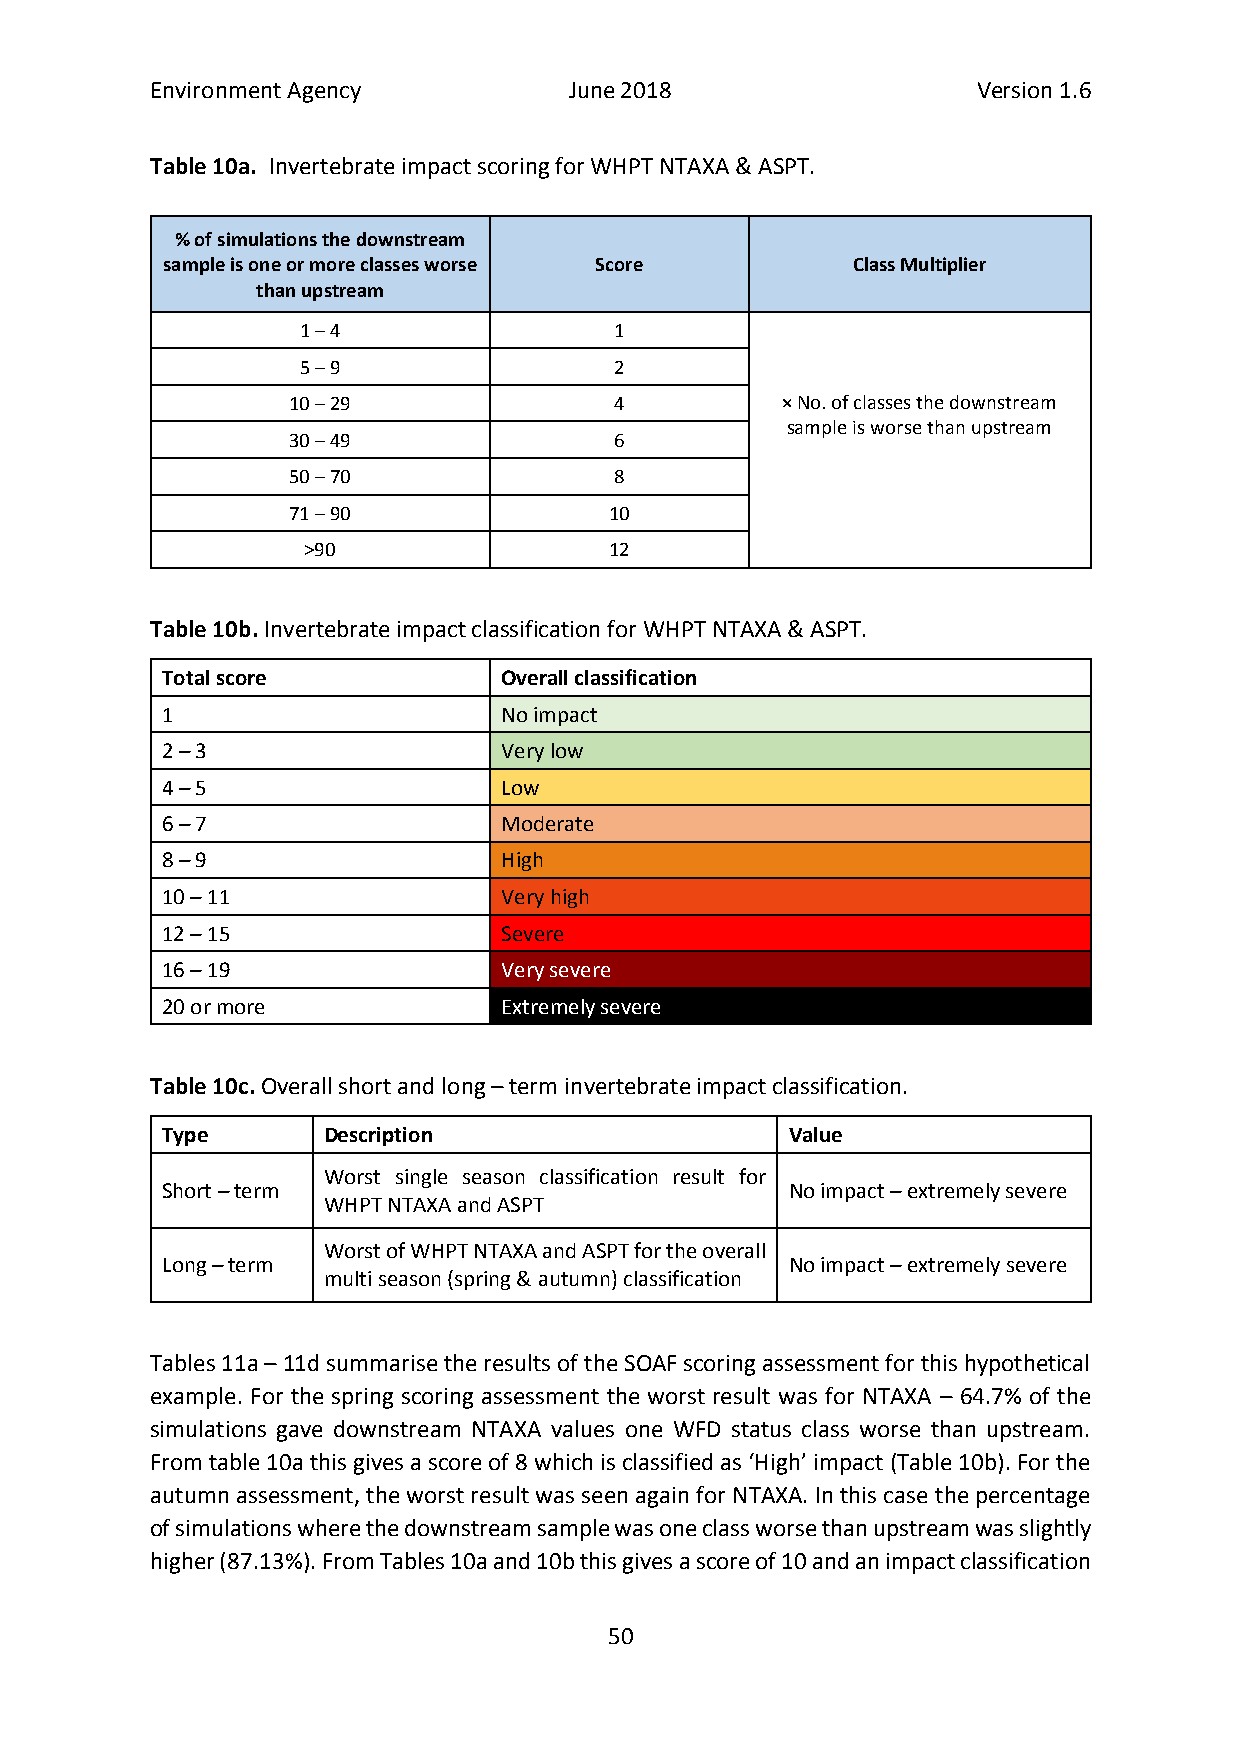
Environment Agency          June 2018                  Version 1.6
 Table 10a. Invertebrate impact scoring for WHPT NTAXA & ASPT.
 % of simulations the downstream
 sample is one or more classes worse Score    Class Multiplier
 than upstream
 1 – 4                1
 5 – 9                2
 10 – 29               4          × No. of classes the downstream
 sample is worse than upstream
 30 – 49               6
 50 – 70               8
 71 – 90              10
 >90                 12
 Table 10b. Invertebrate impact classification for WHPT NTAXA & ASPT.
 Total score           Overall classification
 1                     No impact
 2 – 3                 Very low
 4 – 5                 Low
 6 – 7                 Moderate
 8 – 9                 High
 10 – 11               Very high
 12 – 15               Severe
 16 – 19               Very severe
 20 or more            Extremely severe
 Table 10c. Overall short and long – term invertebrate impact classification.
 Type      Description                    Value
 Worst single season classification result for
 Short – term                             No impact – extremely severe
 WHPT NTAXA and ASPT
 Worst of WHPT NTAXA and ASPT for the overall
 Long – term                              No impact – extremely severe
 multi season (spring & autumn) classification
 Tables 11a – 11d summarise the results of the SOAF scoring assessment for this hypothetical
 example. For the spring scoring assessment the worst result was for NTAXA – 64.7% of the
 simulations gave downstream NTAXA values one WFD status class worse than upstream.
 From table 10a this gives a score of 8 which is classified as ‘High’ impact (Table 10b). For the
 autumn assessment, the worst result was seen again for NTAXA. In this case the percentage
 of simulations where the downstream sample was one class worse than upstream was slightly
 higher (87.13%). From Tables 10a and 10b this gives a score of 10 and an impact classification
 50